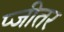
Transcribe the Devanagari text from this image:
प्जीतर